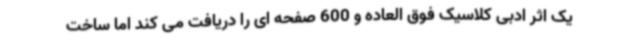
یک اثر ادبی کلاسیک فوق العاده و 600 صفحه ای را دریافت می کند اما ساخت